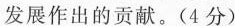
发展作出的贡献。(4分)